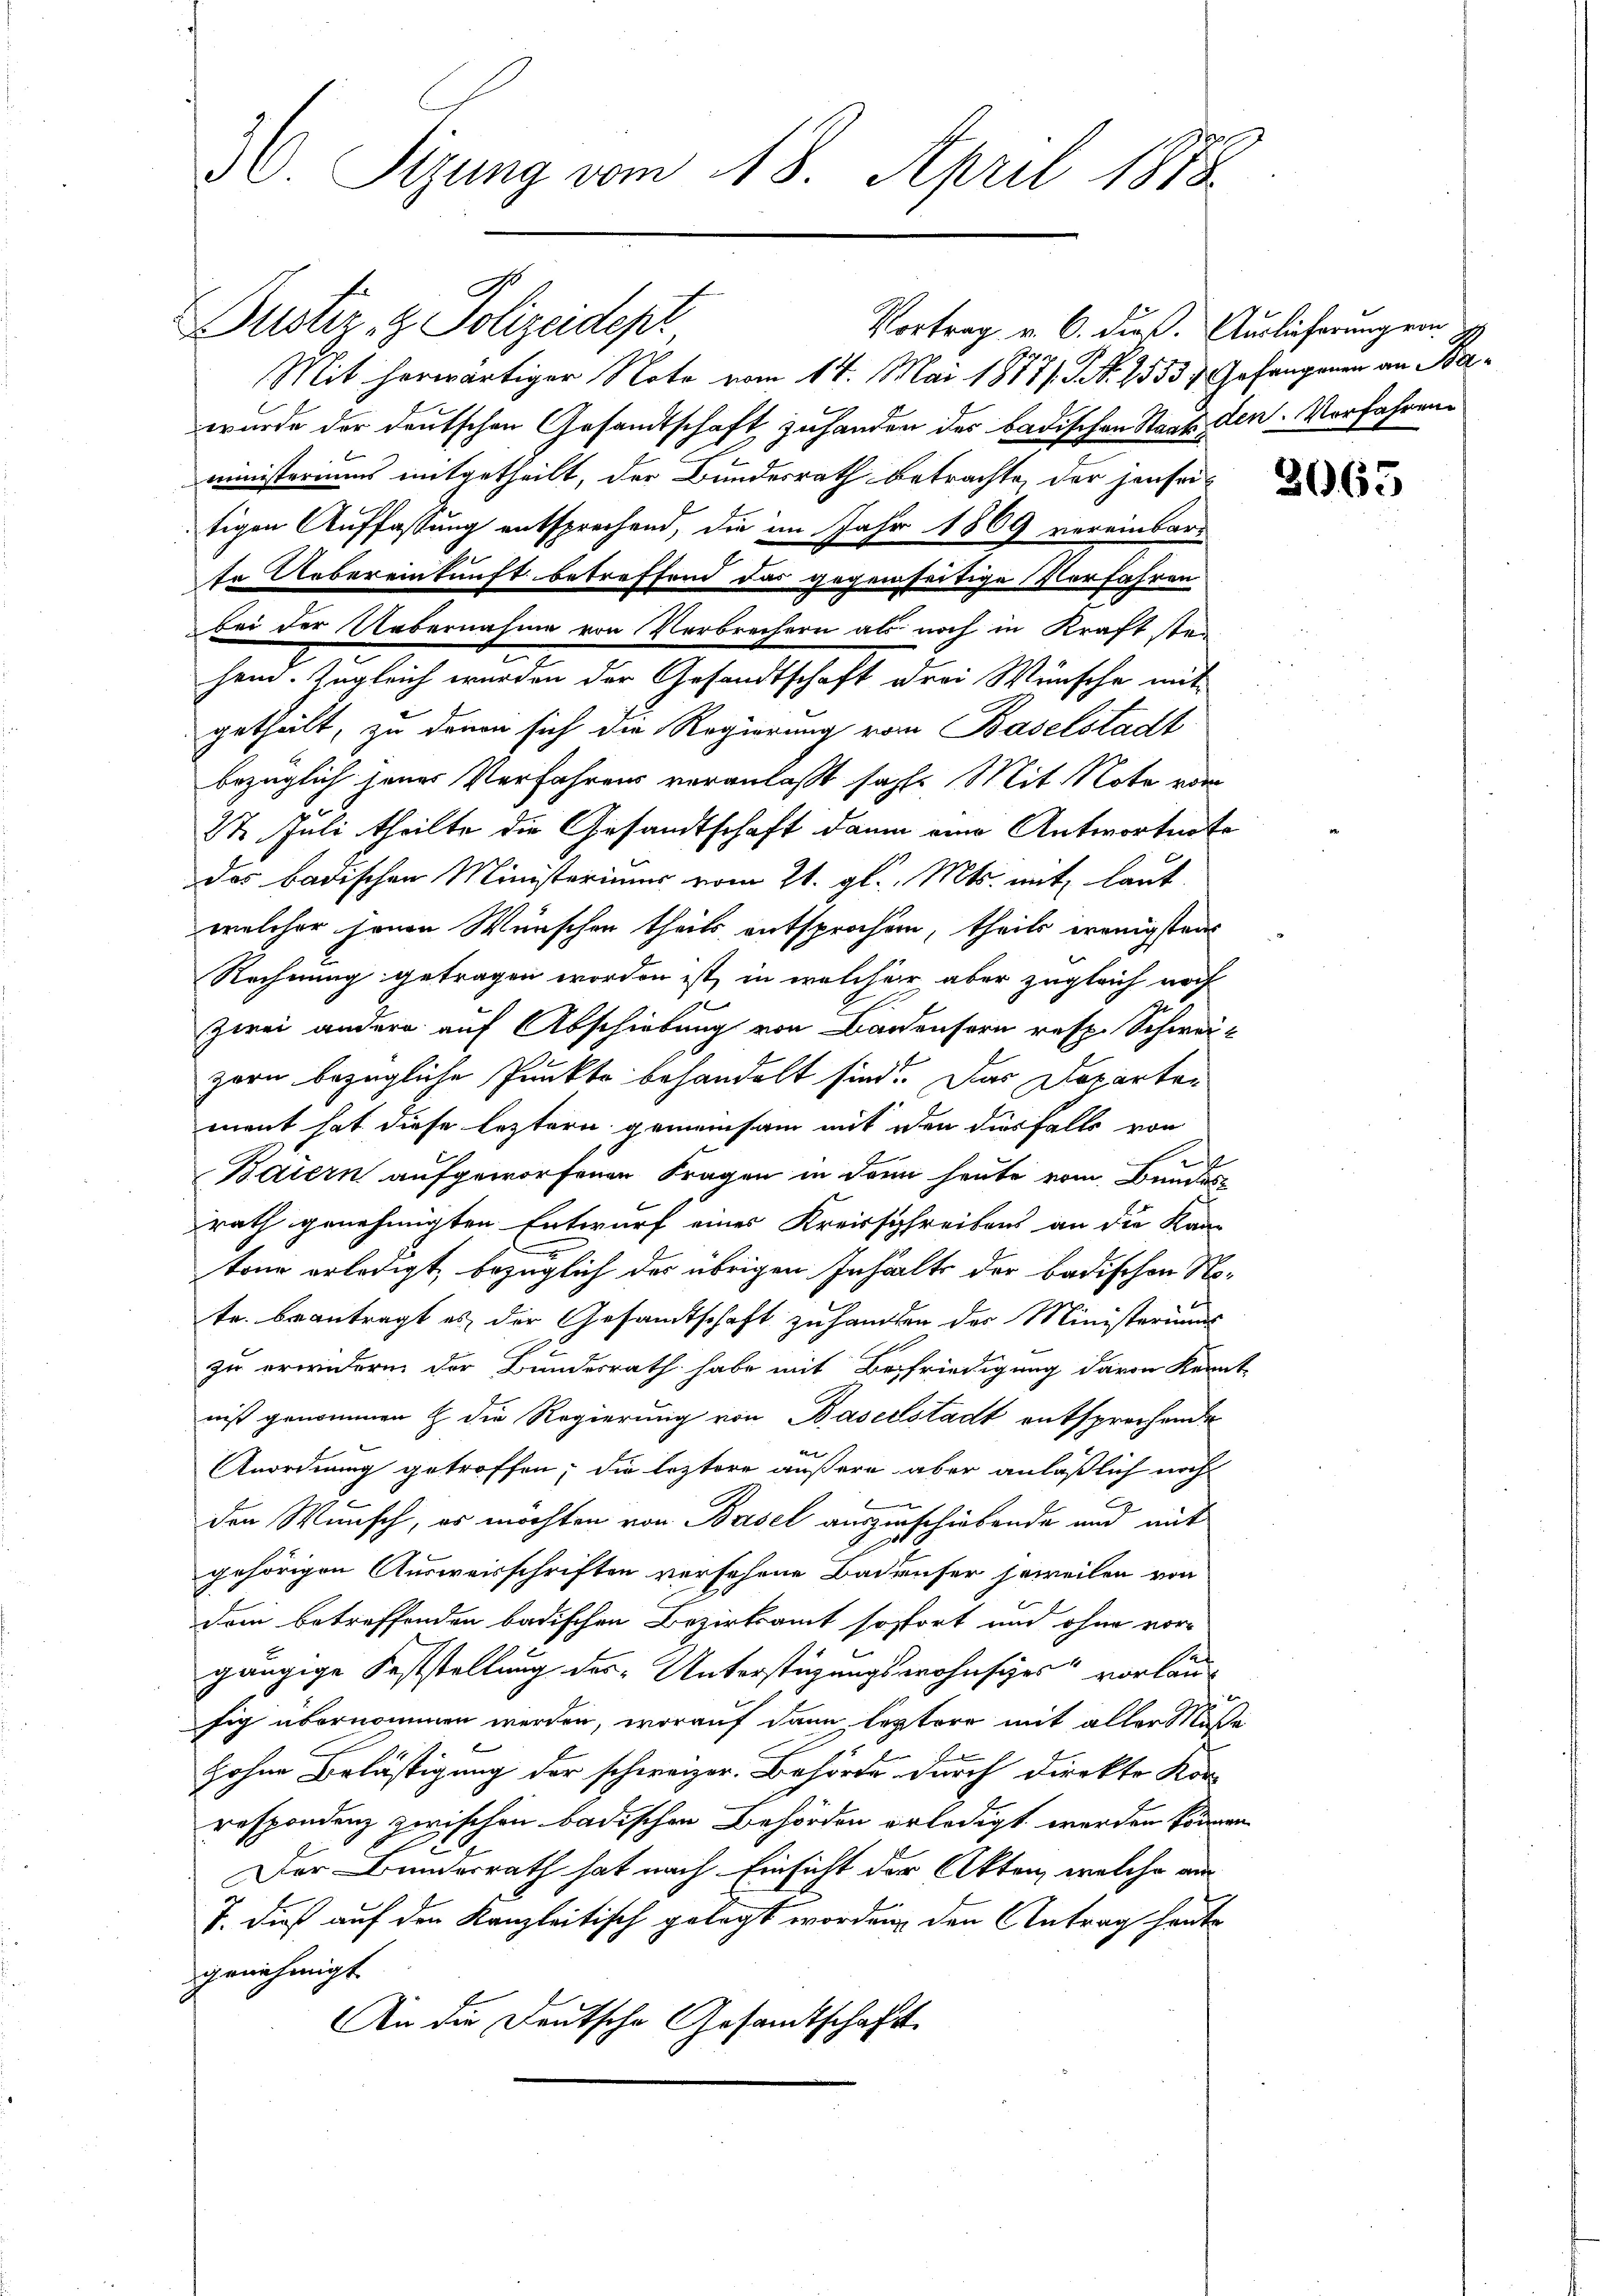
30. Sizung vom 18. April 1878.

Guster, z. Polizeidepr
Vortrag v. 6. dieß. Auslieferung ein
Mit herwärtiger Note vom 14. Mai 1877/. N. N. 25537. Johangenen an Bawurde der deutschen Gesandtschaft zu handen der badischen Staats den Vorfahrenministeriums mitgetheilt, der Bundesrath betrachte, der jenseitigen Auffassung entsprechend, die im Jahr 1869 vereinbarte Uebereinkunft betreffend das gegenseitige Vorfahren
bei der Uebernahme von Verbrechern als noch in Kraft stei
2
.
hein. Zugleich wurden der Gesandtschaft drei Wünsche mit
getheilt, zu denen sich die Regierung vom Baselstadt
bezüglich jenes Verfahrens veranlaßt sah. Mit Note vor
22 Juli theilte die Gesandtschaft dann eine Antwortnote
das badischen Ministeriums vom 21. gl. Mts. mit laut
welcher jenen Wünschen theils entsprochen, theils wenigstens
Rechnung getragen worden ist, in welcher aber zugleich noch
zwei andern auf Abschiebung von Bandensern resp. Schweiz
zorn bezügliche Punkto behandelt sind. Das Departen
ment hat diese leztern gemeinsam mit den diesfalls von
e
Baiern aufgeworfenen Fragen in dann heute vom Bundesrath genehmigten Entwurf eines Kreisschreibens an die Kan-
tone erledigt, bezüglich des übrigen Inhalte der badischen Note. beantragt es der Gesandtschaft zu handlen des Ministeriums
zu erwidern der Bundesrath habe mit Befriedigung davon kennt
niß genommen & die Regierung von Baselstadt entsprechende

Anordnung getroffen; die leztere äußere aber anläßlich nicht
2
den Wunsch, es möchten von Basel auszuschiebende und mit
gehörigen Ausweisschriften versehene Badenser soweilen von
dam betreffenden badischen Bezirksamt sofort und ohne vor
gängige Feststellung des Unterstüzungswohnsches vorläufig übernommen werden, worauf dann leztere mit aller Maße
f
Hohne Belästigung der schweizer. Behörde durch direkte Kon-
respondenz zwischen badischen Behörden erledigt werden können
Der Bundesrath hat nach Einsicht der Akten, welche ein
J. dieß auf den Kanzleitisch gelegt worden, den Antrag heute
genehmigt.
An die Deutsche Gesandtschaft

3065